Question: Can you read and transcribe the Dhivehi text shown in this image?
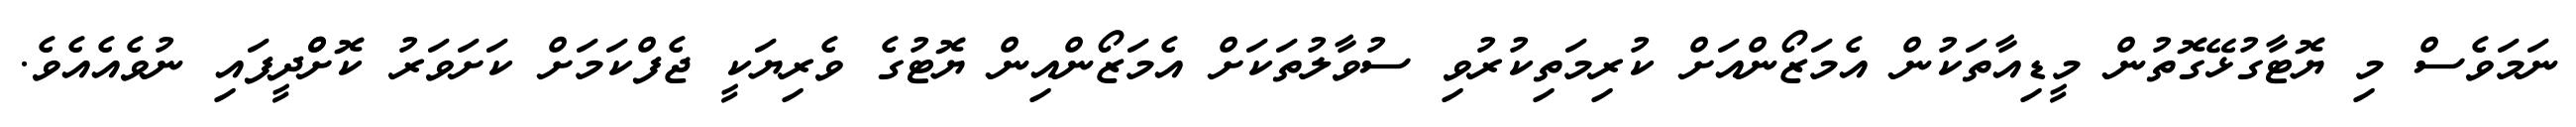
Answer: ނަމަވެސް މި ޔޮޓާގުޅޭގޮތުން މީޑިއާތަކުން އެމަޒޯންއަށް ކުރިމަތިކުރުވި ސުވާލުތަކަށް އެމަޒޯންއިން ޔޮޓުގެ ވެރިޔަކީ ޖެފްކަމަށް ކަށަވަރު ކޮށްްދީފައި ނުވެއެއެވެ.